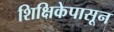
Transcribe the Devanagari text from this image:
शिक्षिकेपासून